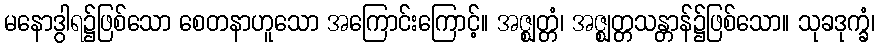
မနောဒွါရ၌ဖြစ်သော စေတနာဟူသော အကြောင်းကြောင့်။ အဇ္ဈတ္တံ၊ အဇ္ဈတ္တသန္တာန်၌ဖြစ်သော။ သုခဒုက္ခံ၊